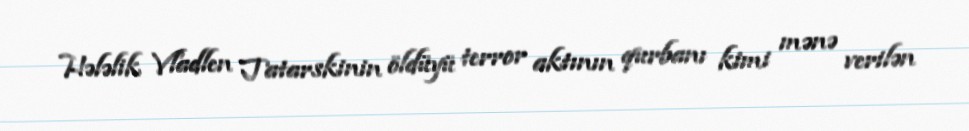
Hələlik Vladlen Tatarskinin öldüyü terror aktının qurbanı kimi mənə verilən